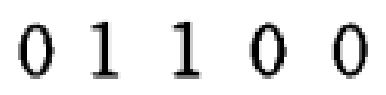
0 1 1 0 0